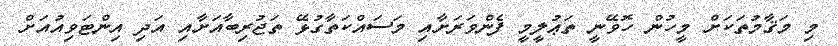
މި މަޤާމުތަކަށް މީހުން ހޮވޭނީ ތަޢުލީމީ ފެންވަރަށާއި މަސައްކަތާގުޅޭ ތަޖުރިބާއަށާއި އަދި އިންޓަވިއުއަށް